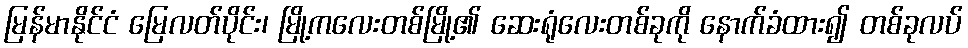
မြန်မာနိုင်ငံ မြေလတ်ပိုင်း၊ မြို့ကလေးတစ်မြို့၏ ဆေးရုံလေးတစ်ခုကို နောက်ခံထား၍ တစ်ခုလပ်